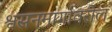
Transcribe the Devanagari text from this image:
श्वसनमार्गावरील